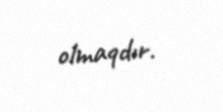
olmaqdır.